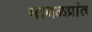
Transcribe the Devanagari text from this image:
मावळप्रांत